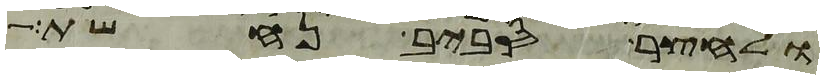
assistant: ולחצר סביב נחשת